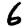
Digit: 6